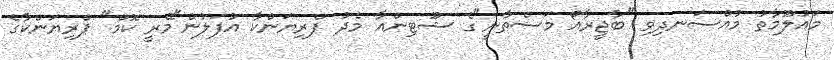
މައުލޫމާތު މުއްސަނދިވި "ބާޖީރާއޯ މަސްތާނީ"ގެ ޝޫޓިންއާ މެދު ޕްރިޔަންކާ އުފަލުން"މޭރީ ކޮމް" ޕްރިޔަންކާގެ